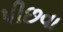
પીછવા